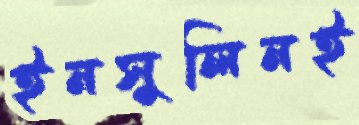
ইনসুলিনই